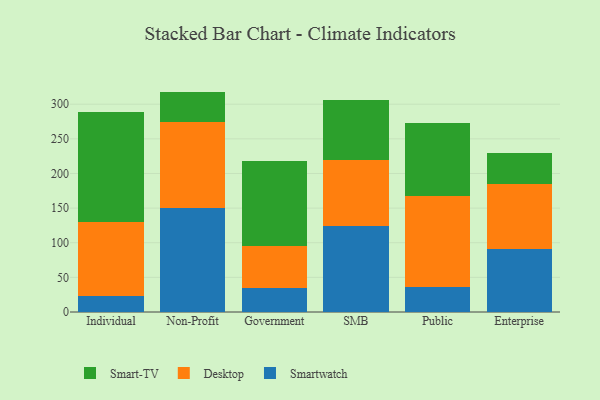
{"axis": {"x": "Segment", "y": "Latency (ms)"}, "legend": ["Desktop", "Smart-TV", "Smartwatch"], "data": [{"x": "Individual", "y": 22.6, "type": "Smartwatch"}, {"x": "Individual", "y": 106.9, "type": "Desktop"}, {"x": "Individual", "y": 159.7, "type": "Smart-TV"}, {"x": "Non-Profit", "y": 150.0, "type": "Smartwatch"}, {"x": "Non-Profit", "y": 124.6, "type": "Desktop"}, {"x": "Non-Profit", "y": 43.6, "type": "Smart-TV"}, {"x": "Government", "y": 35.3, "type": "Smartwatch"}, {"x": "Government", "y": 60.1, "type": "Desktop"}, {"x": "Government", "y": 123.1, "type": "Smart-TV"}, {"x": "SMB", "y": 124.7, "type": "Smartwatch"}, {"x": "SMB", "y": 94.1, "type": "Desktop"}, {"x": "SMB", "y": 87.2, "type": "Smart-TV"}, {"x": "Public", "y": 36.4, "type": "Smartwatch"}, {"x": "Public", "y": 131.2, "type": "Desktop"}, {"x": "Public", "y": 104.6, "type": "Smart-TV"}, {"x": "Enterprise", "y": 90.4, "type": "Smartwatch"}, {"x": "Enterprise", "y": 95.0, "type": "Desktop"}, {"x": "Enterprise", "y": 44.6, "type": "Smart-TV"}]}